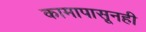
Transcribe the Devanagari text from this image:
कामापासूनही